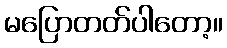
မပြောတတ်ပါတော့။